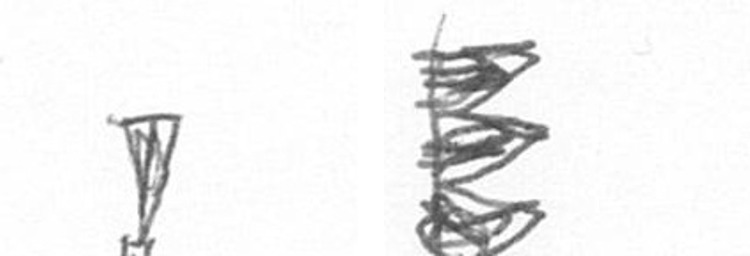
Z H